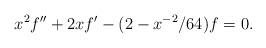
LaTeX: \begin{align*}x^2 f'' + 2x f' - (2-x^{-2}/64)f = 0 . \end{align*}